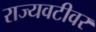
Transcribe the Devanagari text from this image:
राज्यवटीवर